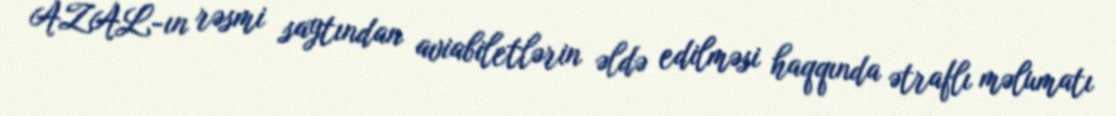
AZAL-ın rəsmi saytından aviabiletlərin əldə edilməsi haqqında ətraflı məlumatı